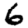
Digit: 6